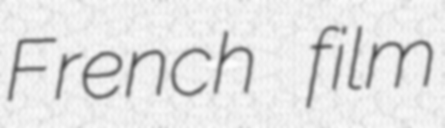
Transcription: French film